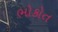
ભોકોત